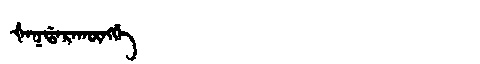
Manchu: ᡧᠠᡴᡩᠠᡵᠠᡴᡡᠩᡤᡝ
Romanization: ŠAKDARAKŪNGGE